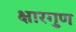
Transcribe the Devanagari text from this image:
क्षारगुण